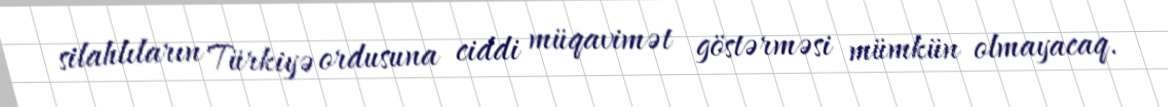
silahlıların Türkiyə ordusuna ciddi müqavimət göstərməsi mümkün olmayacaq.